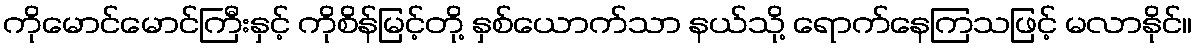
ကိုမောင်မောင်ကြီးနှင့် ကိုစိန်မြင့်တို့ နှစ်ယောက်သာ နယ်သို့ ရောက်နေကြသဖြင့် မလာနိုင်။